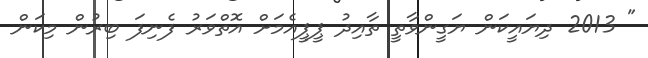
" 2013 ދިޔައީކަން ޔަގީންވާތީ ތާއިދު ޕީޕީއެމަށް އޮތްވަރު ފެނިފަ ބިރުން މިކަން